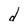
Character: d